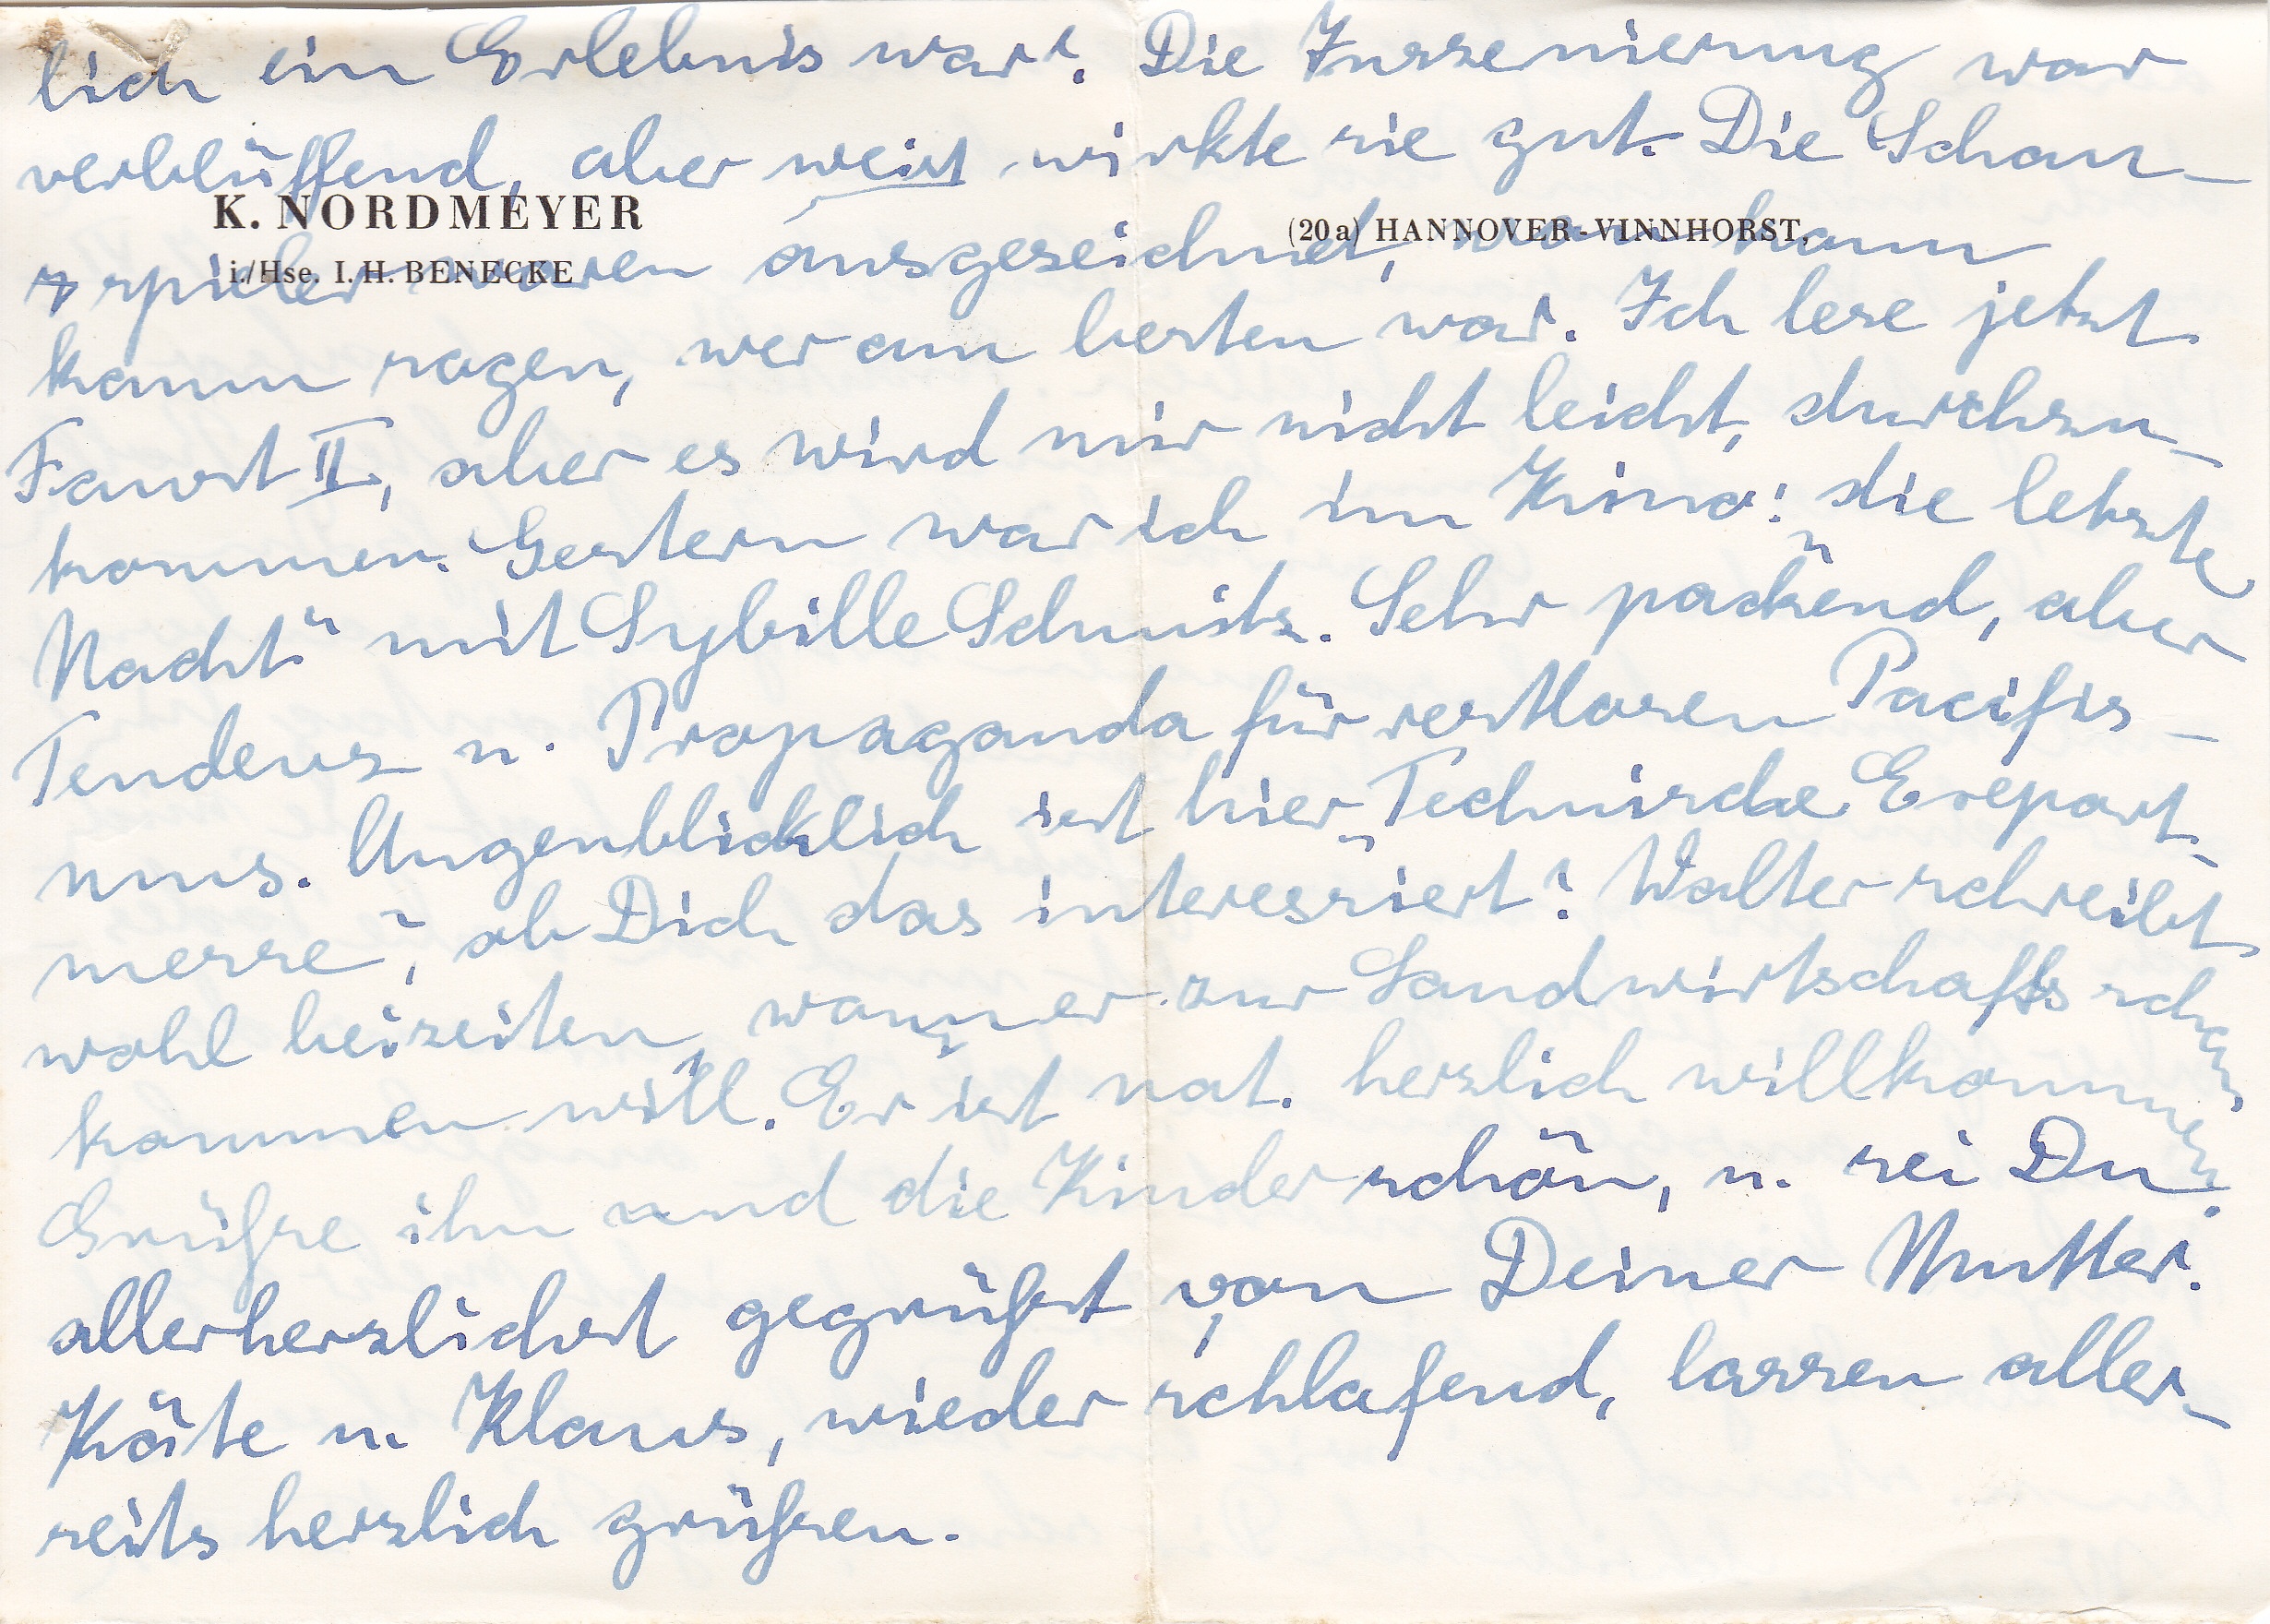
lich ein Erlebnis war. Die Inszenierung war
verblüffend, aber meist wirkte sie gut. Die Schau
kaum sagen, wer am besten war. Ich lese jetzt
Faust II, aber es wird mir nicht leicht, durchzu
kommen. Gestern war ich im Kino: die letzte
Nacht mit Sybille Schmitz. Sehr packend, aber
Tendenz u. Propaganda für wertlosen Pacifis
mus. Augenblicklich ist hier Technische Export
messe, ob Dich das interessiert? Walter schreibt
wohl beizeiten wann er zur Landwirtschaftsschau
kommen will. Er ist nat. herzlich willkommen
Grüße ihn und die Kinder schön, u. sei Du
allerherzlichst gegrüßt von Deiner Mutter.
Käte u. Klaus, wieder schlafend, lassen aller
seits herzlich grüßen.